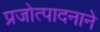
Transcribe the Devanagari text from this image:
प्रजोत्पादनाने